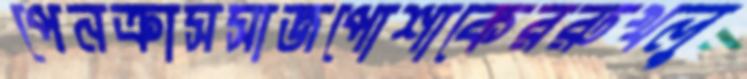
পেনক্রাসসাজপোশাকেররুখলু